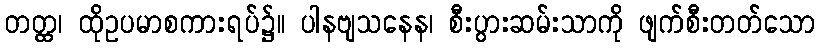
တတ္ထ၊ ထိုဥပမာစကားရပ်၌။ ပါနဗျသနေန၊ စီးပွားဆမ်းသာကို ဖျက်စီးတတ်သော